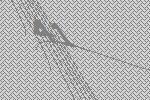
41